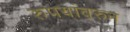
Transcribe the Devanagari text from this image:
रुपयांवरुन